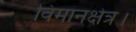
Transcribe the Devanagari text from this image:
विमानक्षेत्र।